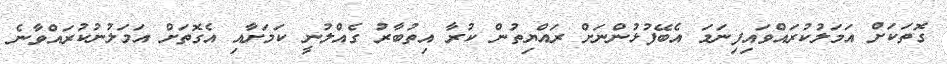
ގޮތަކަށް އަމަލުކުރައްވައިފިނަމަ އެބޭފުޅުންނަށް ރައްޔިތުން ކުރާ އިތުބާރު ގެއްލުނީ ކަމަށާއި އެގޮތަށް އަމަލުނުކުރައްވާނެ